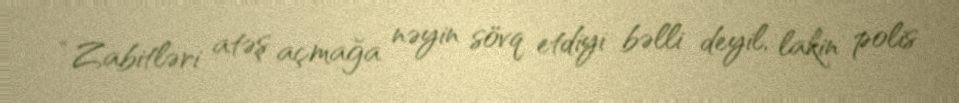
“Zabitləri atəş açmağa nəyin sövq etdiyi bəlli deyil, lakin polis